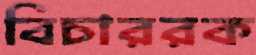
বিচাররক